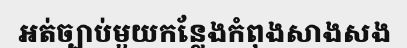
អត់ច្បាប់មួយកន្លែងកំពុងសាងសង